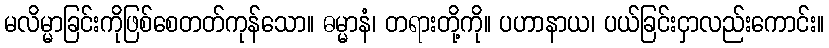
မလိမ္မာခြင်းကိုဖြစ်စေတတ်ကုန်သော။ ဓမ္မာနံ၊ တရားတို့ကို။ ပဟာနာယ၊ ပယ်ခြင်းငှာလည်းကောင်း။